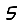
Digit: 5